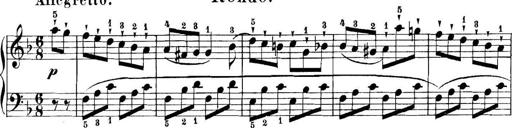
Title: 11 Sonatinas
Composer: Anton Diabelli